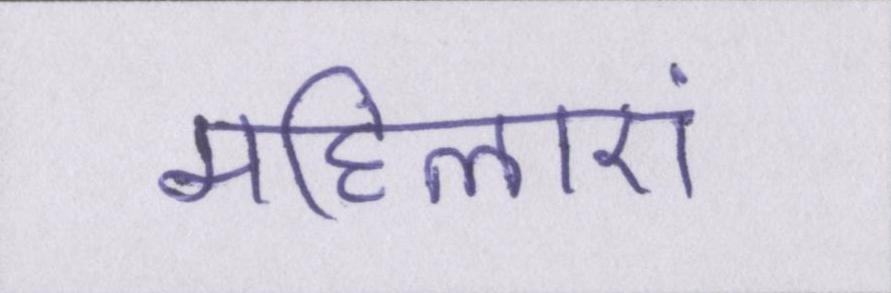
महिलाएं